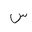
Letter: _sin